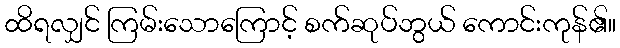
ထိရလျှင် ကြမ်းသောကြောင့် စက်ဆုပ်ဘွယ် ကောင်းကုန်၏။